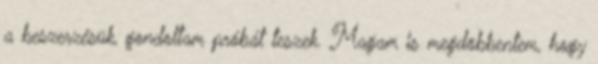
a beszerzésük, gondoltam próbát teszek. Magam is megdöbbentem, hogy